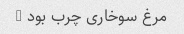
مرغ سوخاری چرب بود …